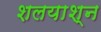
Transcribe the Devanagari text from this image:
शलयाश्न